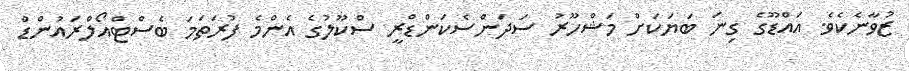
ޒުވާނެކެވެ. އައްޑޫގެ ގިނަ ބަޔަކަށް މަޝްހޫރު ސަދަންސެކަންޑްރީ ސްކޫލުގެ އެންމެ ފުރަތަމަ ބެސްޓްއޯލްރައުންޑް